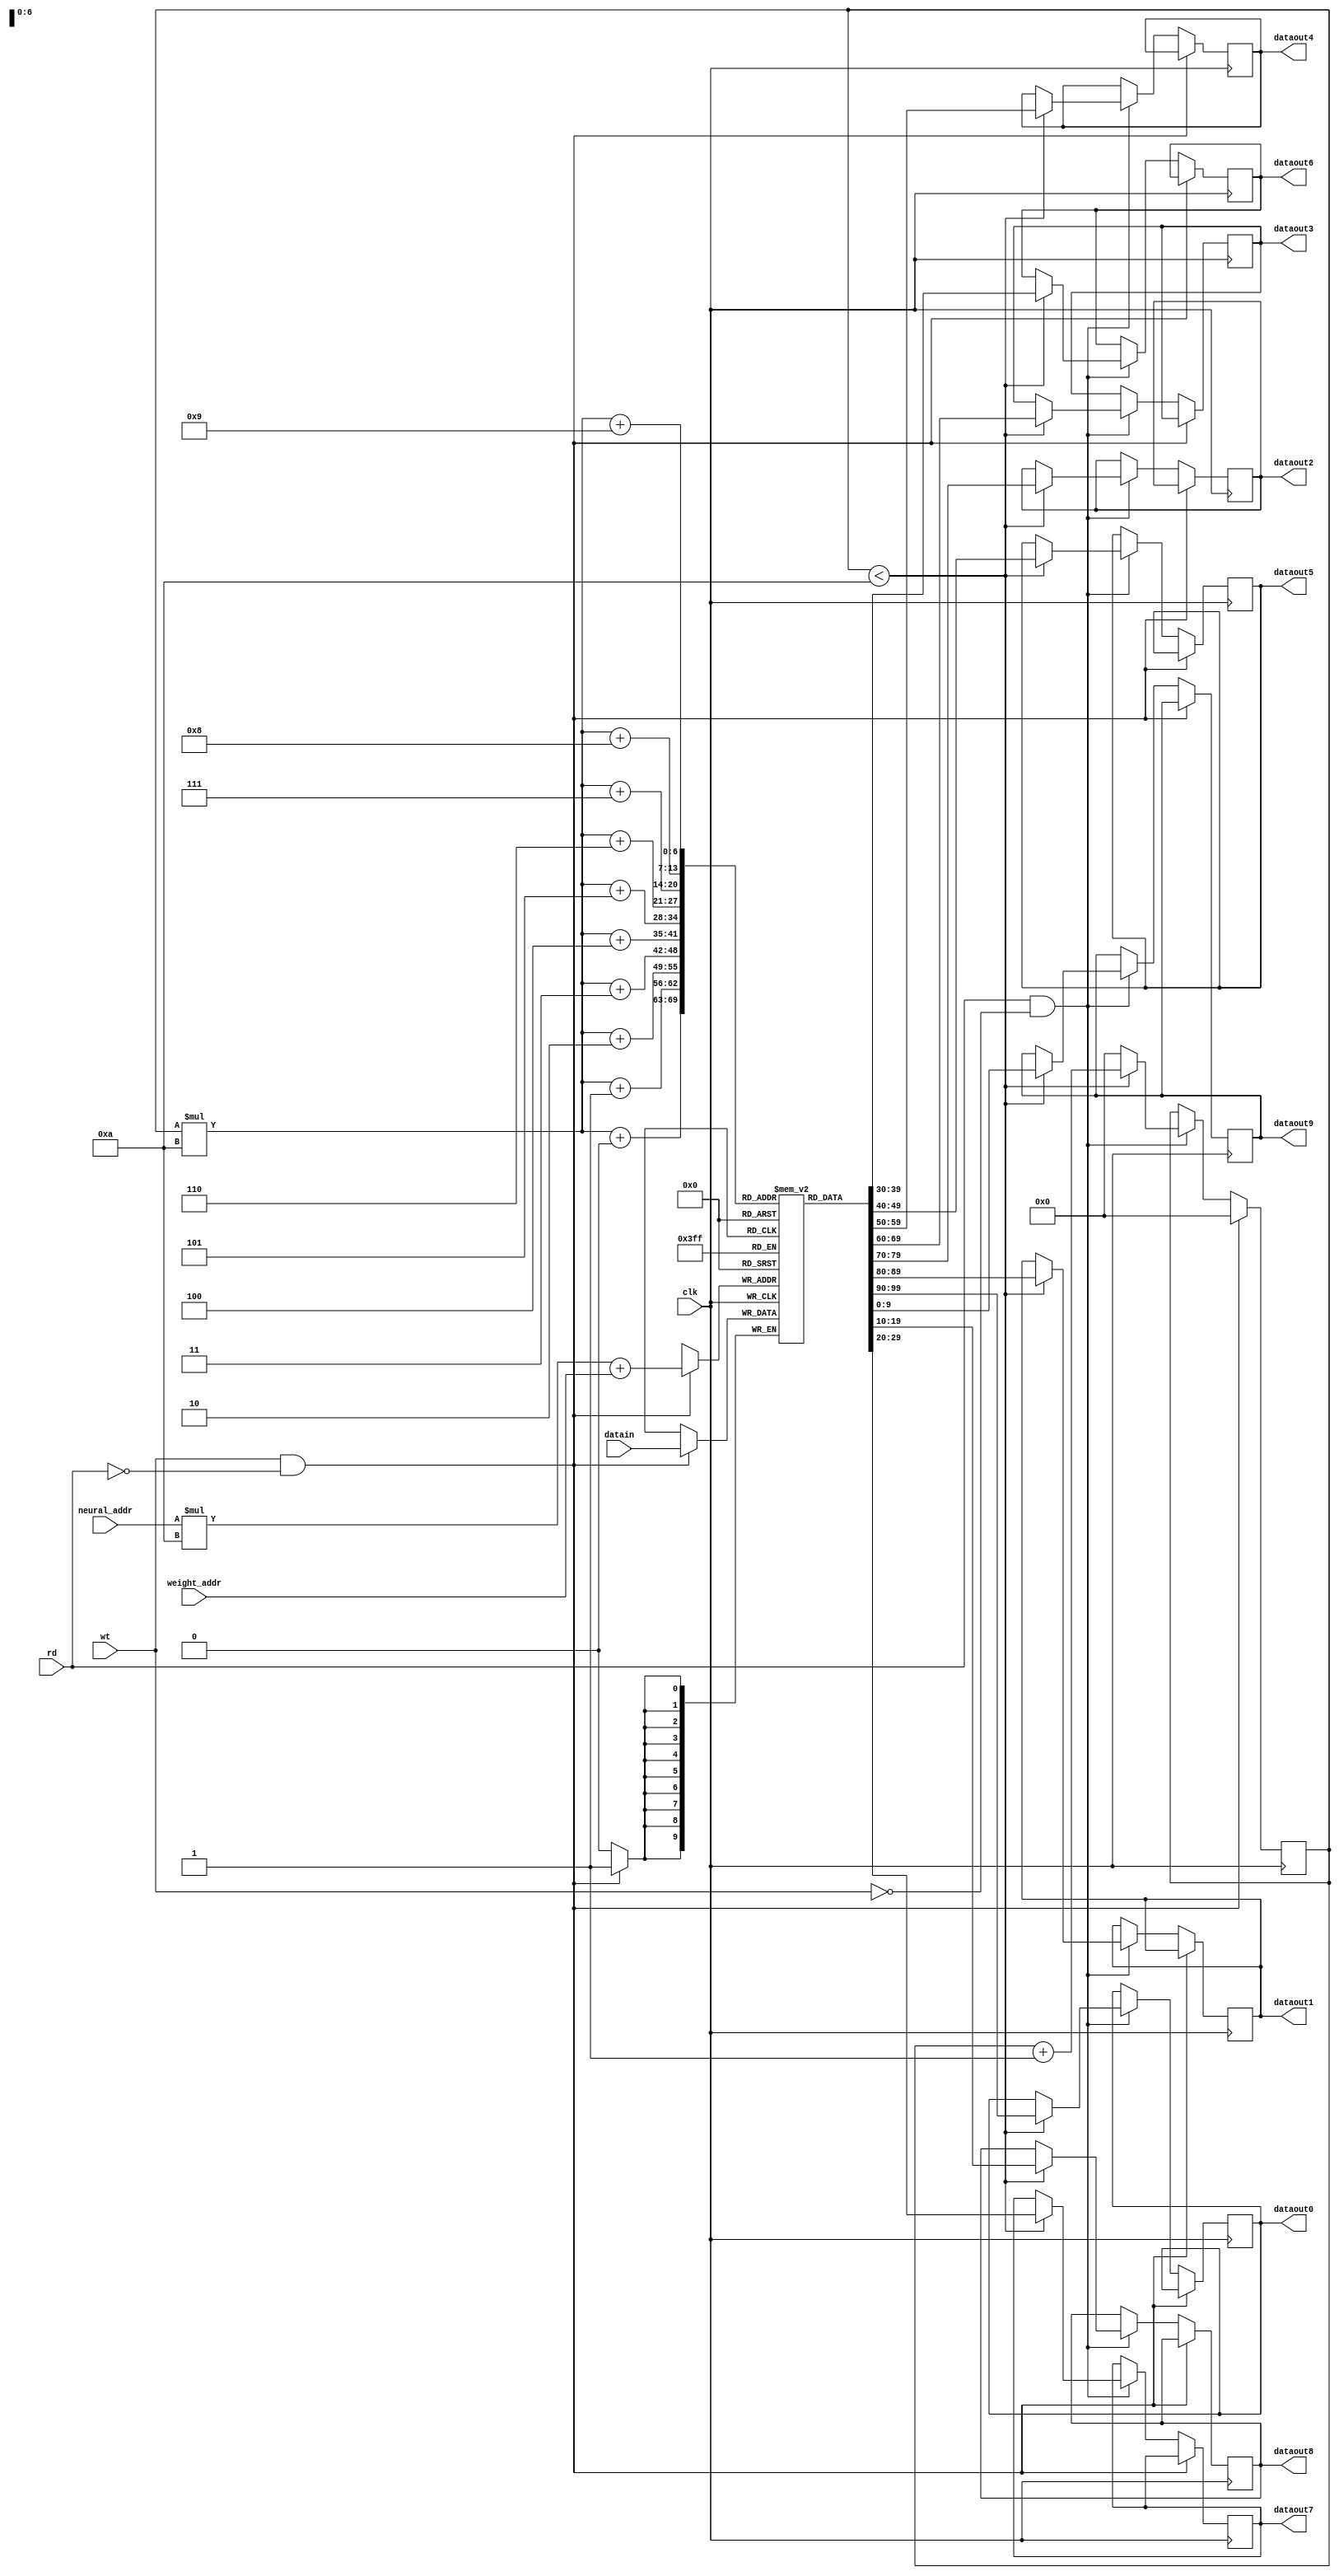
module weight_memory_linear2(datain,dataout0,dataout1,dataout2,dataout3,dataout4,dataout5,dataout6,dataout7,dataout8,dataout9,neural_addr,weight_addr,rd,wt,clk);
input [9:0]datain;
input[3:0]neural_addr;
input[3:0]weight_addr;
input wt,rd,clk;
output reg[9:0]dataout0;
output reg[9:0]dataout1;
output reg[9:0]dataout2;
output reg[9:0]dataout3;
output reg[9:0]dataout4;
output reg[9:0]dataout5;
output reg[9:0]dataout6;
output reg[9:0]dataout7;
output reg[9:0]dataout8;
output reg[9:0]dataout9;
reg[9:0] weight[9:0][9:0];
reg[3:0]i;
always@(posedge clk)
begin
if (wt==1&&rd==0)
begin
weight[neural_addr][weight_addr]<=datain;
i=0;
end
else if (rd==1&&wt==0)
begin
if(i<10)
begin
dataout0<=weight[i][0];
dataout1<=weight[i][1];
dataout2<=weight[i][2];
dataout3<=weight[i][3];
dataout4<=weight[i][4];
dataout5<=weight[i][5];
dataout6<=weight[i][6];
dataout7<=weight[i][7];
dataout8<=weight[i][8];
dataout9<=weight[i][9];
i=i+1;
end
else
begin
i=0;
end
end
end
endmodule